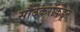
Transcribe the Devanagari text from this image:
सौंदेकरांकडून